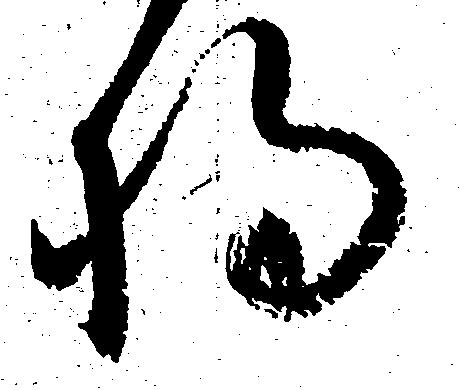
将